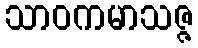
သာဝကမာသဇ္ဇ